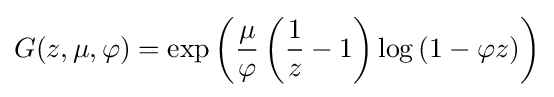
G(z,\mu ,\varphi )=\exp \left({\frac {\mu }{\varphi }}\left({\frac {1}{z}}-1\right)\log \left(1-\varphi z\right)\right)